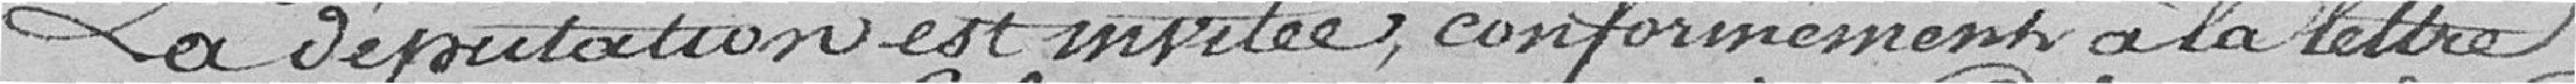
La députation est invitée conformément à la lettre